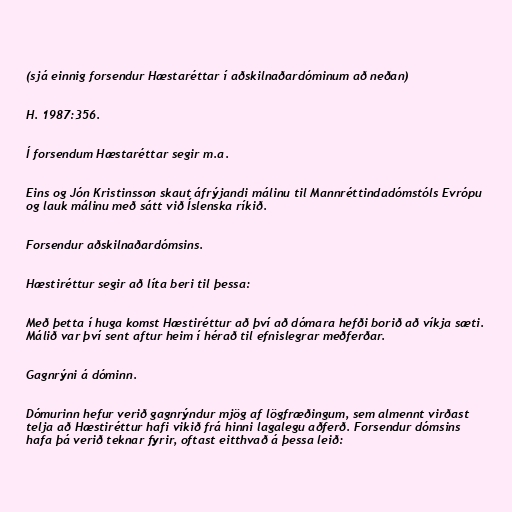
(sjá einnig forsendur Hæstaréttar í aðskilnaðardóminum að neðan)

H. 1987:356.

Í forsendum Hæstaréttar segir m.a.

Eins og Jón Kristinsson skaut áfrýjandi málinu til Mannréttindadómstóls Evrópu
og lauk málinu með sátt við Íslenska ríkið.

Forsendur aðskilnaðardómsins.

Hæstiréttur segir að líta beri til þessa:

Með þetta í huga komst Hæstiréttur að því að dómara hefði borið að víkja sæti.
Málið var því sent aftur heim í hérað til efnislegrar meðferðar.

Gagnrýni á dóminn.

Dómurinn hefur verið gagnrýndur mjög af lögfræðingum, sem almennt virðast
telja að Hæstiréttur hafi vikið frá hinni lagalegu aðferð. Forsendur dómsins
hafa þá verið teknar fyrir, oftast eitthvað á þessa leið: